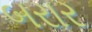
બરાર